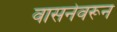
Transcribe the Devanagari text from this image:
वासनेवरून